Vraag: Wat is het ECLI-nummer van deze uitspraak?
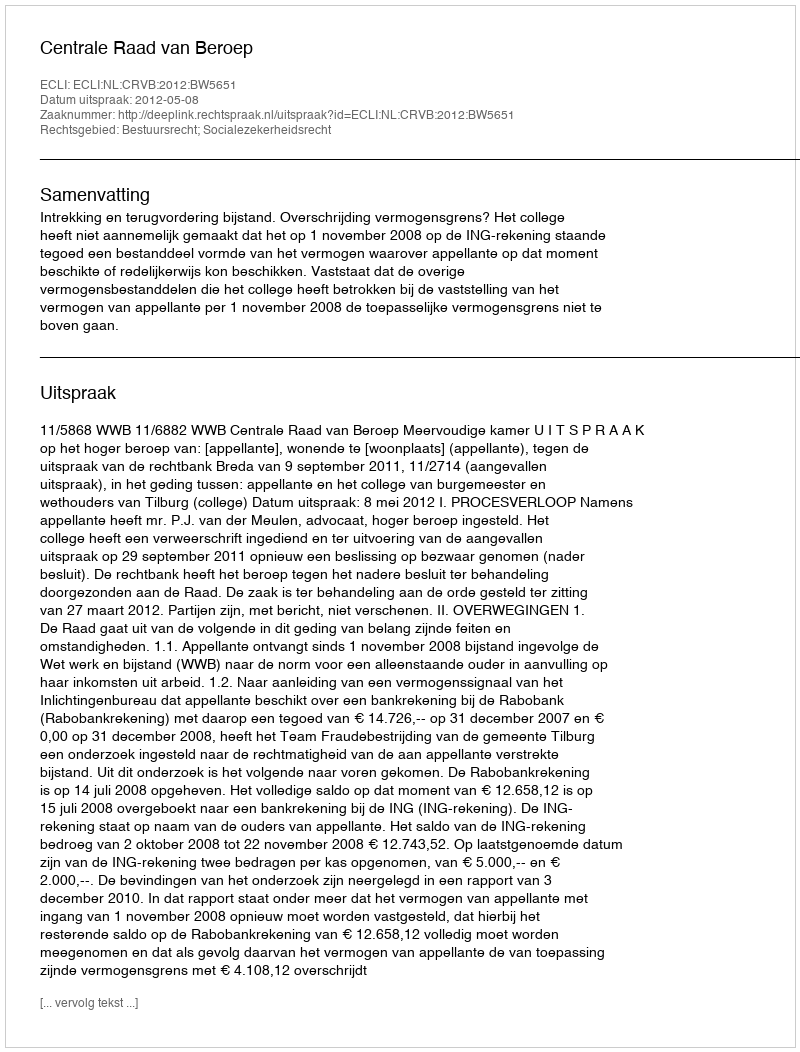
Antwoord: ECLI:NL:CRVB:2012:BW5651